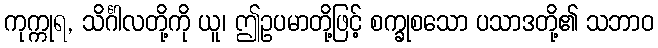
ကုက္ကုရ, သိင်္ဂါလတို့ကို ယူ၊ ဤဥပမာတို့ဖြင့် စက္ခုစသော ပသာဒတို့၏ သဘာဝ